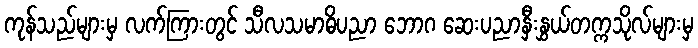
ကုန်သည်များမှ လက်ကြားတွင် သီလသမာဓိပညာ ဘောဂ ဆေးပညာနှီးနွှယ်တက္ကသိုလ်များမှ